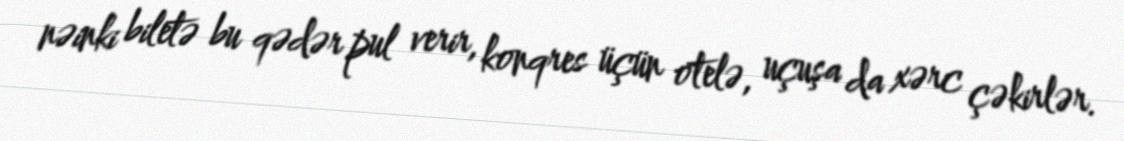
nəinki biletə bu qədər pul verir, konqres üçün otelə, uçuşa da xərc çəkirlər.